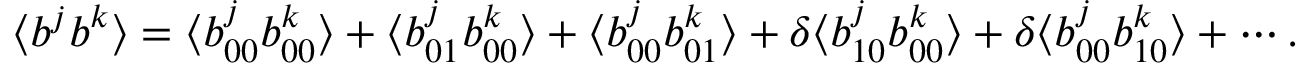
\langle { b ^ { j } b ^ { k } } \rangle = \langle { b _ { 0 0 } ^ { j } b _ { 0 0 } ^ { k } } \rangle + \langle { b _ { 0 1 } ^ { j } b _ { 0 0 } ^ { k } } \rangle + \langle { b _ { 0 0 } ^ { j } b _ { 0 1 } ^ { k } } \rangle + \delta \langle { b _ { 1 0 } ^ { j } b _ { 0 0 } ^ { k } } \rangle + \delta \langle { b _ { 0 0 } ^ { j } b _ { 1 0 } ^ { k } } \rangle + \cdots .